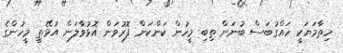
ހިތާމަޔަކީ ހައްގުބަސް ބުނަން ތިބި މީހުން ކަންކަން ފޮރުވަން އޮޅުވާލަން އުޅޭތީ މީހުންގެ